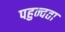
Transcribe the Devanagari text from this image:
पहुन्चता